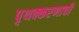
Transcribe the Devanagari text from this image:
पृथक्करणाची